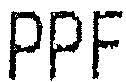
PPF